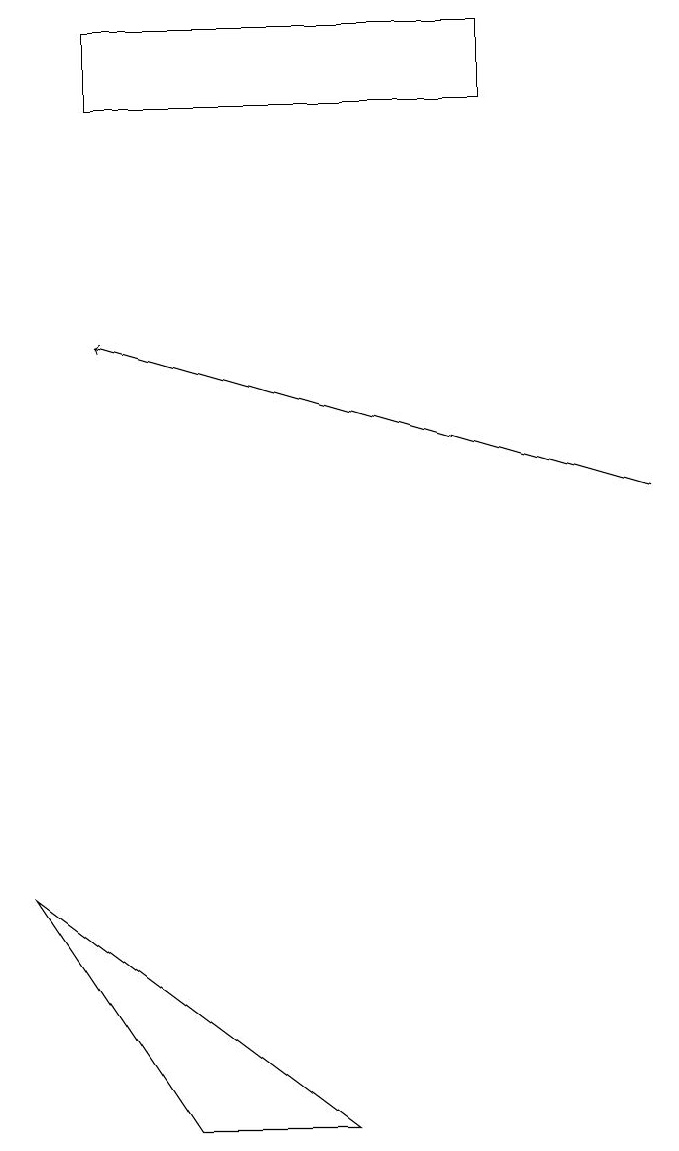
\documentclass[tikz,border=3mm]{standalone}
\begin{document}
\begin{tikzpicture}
\draw[->] (8,11) -- (1,13);
\draw (2,3) -- (0,6) -- (4,3) -- cycle;
\draw (1,16) rectangle (6,17);
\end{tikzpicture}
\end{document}